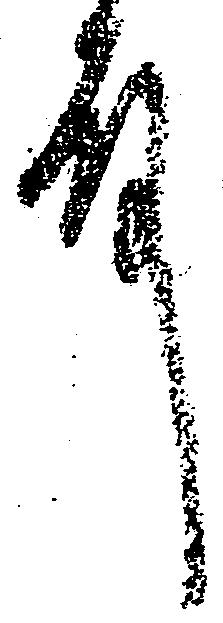
殿